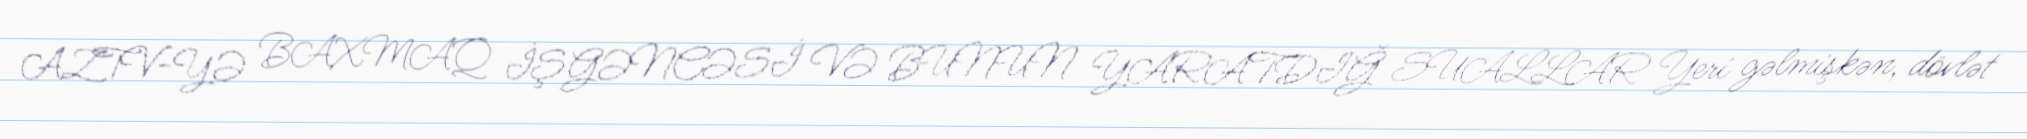
AZTV-YƏ BAXMAQ İŞGƏNCƏSİ VƏ BUNUN YARATDIĞ SUALLAR Yeri gəlmişkən, dövlət